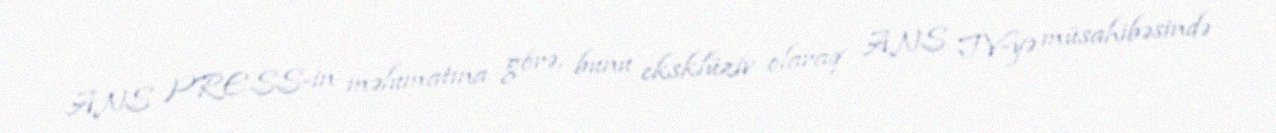
ANS PRESS-in məlumatına görə, bunu eksklüziv olaraq ANS TV-yə müsahibəsində